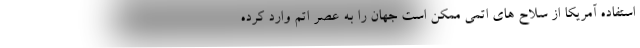
استفاده آمریکا از سلاح های اتمی ممکن است جهان را به عصر اتم وارد کرده